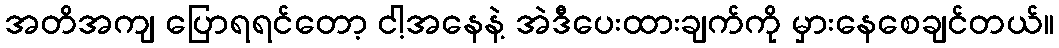
အတိအကျ ပြောရရင်တော့ ငါ့အနေနဲ့ အဲဒီပေးထားချက်ကို မှားနေစေချင်တယ်။